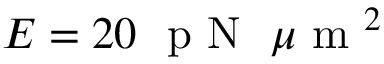
E = 2 0 ~ \mathrm { ~ p ~ N ~ } ~ \mu \mathrm { ~ m ~ } ^ { 2 }